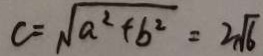
c = \sqrt { a ^ { 2 } + b ^ { 2 } } = 2 \sqrt { 6 }